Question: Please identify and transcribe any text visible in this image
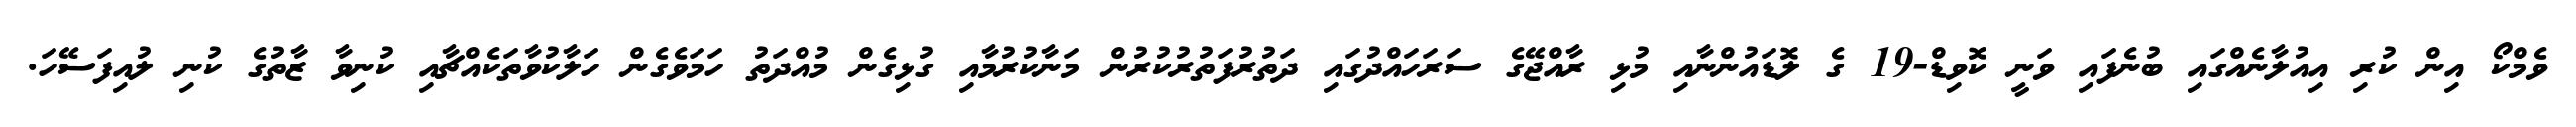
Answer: ވެމްކޯ އިން ކުރި އިއުލާނެއްގައި ބުނެފައި ވަނީ ކޮވިޑް-19 ގެ ލޮޑައުންނާއި މުޅި ރާއްޖޭގެ ސަރަހައްދުގައި ދަތުރުފަތުރުކުރުން މަނާކުރުމާއި ގުޅިގެން މުއްދަތު ހަމަވެގެން ހަލާކުވާތަކެއްޗާއި ކުނިވާ ޒާތުގެ ކުނި ލުއިފަސޭހަ.